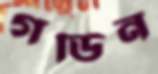
গর্ডিন